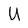
Character: U